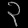
Digit: ၃